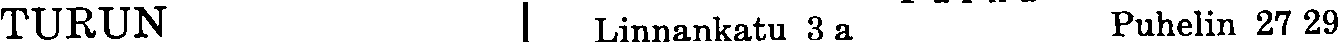
TURUN Linnankatu 3a Puhelin 27 29